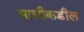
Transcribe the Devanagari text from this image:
माचीकडील